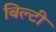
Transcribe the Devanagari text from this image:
बिल्टी